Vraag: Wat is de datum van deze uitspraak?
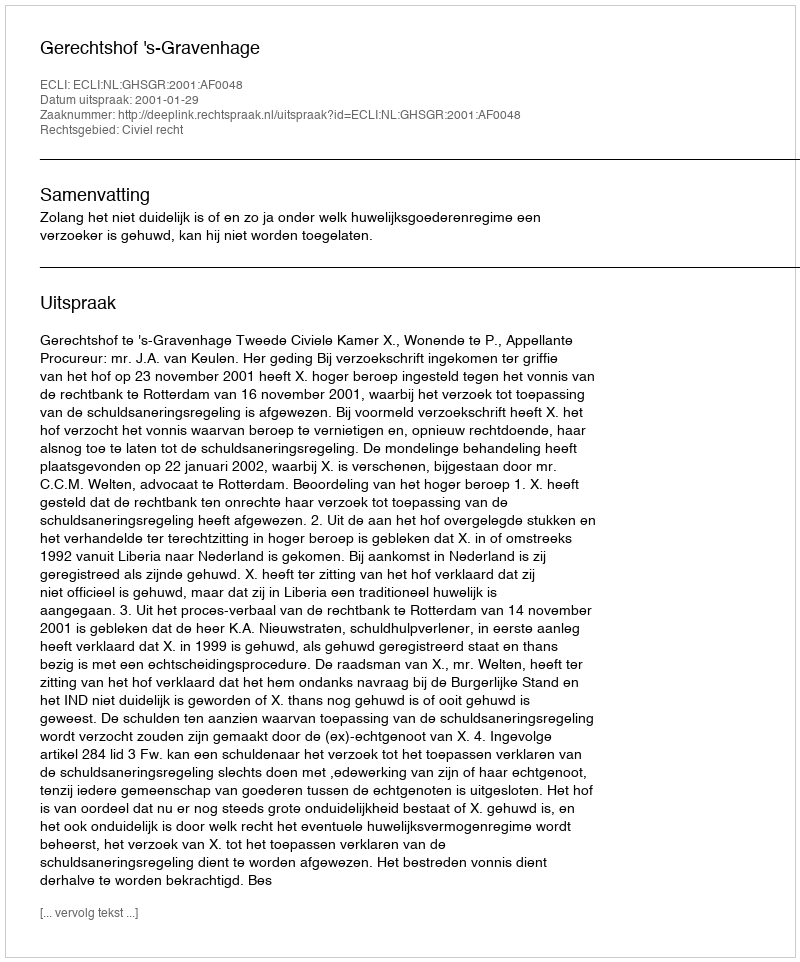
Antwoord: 2001-01-29